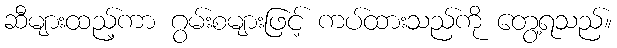
ဆီများထည့်ကာ ဂွမ်းစများဖြင့် ကပ်ထားသည်ကို တွေ့ရသည်။